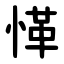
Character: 愅